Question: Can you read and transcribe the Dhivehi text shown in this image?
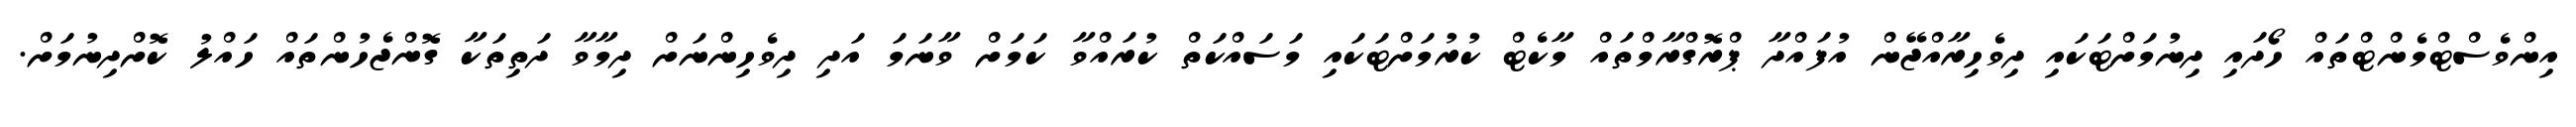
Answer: އިންވެސްޓްމެންޓްތައް ހޯދައި ދިނުމަށްޓަކައި ދިވެހިރާއްޖޭން އުފައްދާ ޕްރޮގްރާމްތައް މާކެޓް ކުރުމަށްޓަކައި މަސައްކަތް ކުރައްވާ ކަމަށް ވާނަމަ އަދި ދިވެހިންނަށް ދިމާވާ ދަތިތަކާ ގޮންޖެހުންތައް ހައްލު ކޮށްދިނުމަށް.